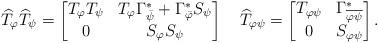
LaTeX: \begin{gather*}\widehat{T}_{\varphi}\widehat{T}_{\psi}=\begin{bmatrix}T_{\varphi}T_{\psi} & T_{\varphi}{\Gamma^{*}_{\bar{\psi}}}+{\Gamma^{*}_{\bar{\varphi}}}{S_{\psi}}\\0 & S_{\varphi}S_{\psi}\end{bmatrix}~~~\widehat{T}_{\varphi \psi}=\begin{bmatrix} T_{\varphi \psi} & {\Gamma^{*}_{\overline{\varphi \psi}}}\\ 0 & S_{\varphi \psi}\end{bmatrix}.\end{gather*}